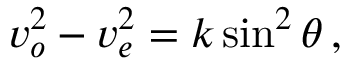
v _ { o } ^ { 2 \! } - v _ { e } ^ { 2 } = k \sin ^ { 2 } \theta \, ,